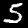
Digit: 5